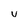
Character: v